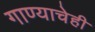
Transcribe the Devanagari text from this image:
गाण्याचेही